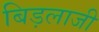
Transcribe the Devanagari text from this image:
बिड़लाजी